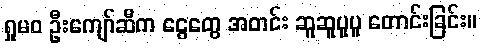
ရှုမဝ ဦးကျော်ဆီက ငွေတွေ အတင်း ဆူဆူပူပူ တောင်းခြင်း။